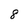
Character: 8